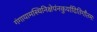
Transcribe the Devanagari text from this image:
गंगायामस्थिनिक्षेपंनकुर्यादितिगौतमः